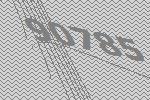
90785